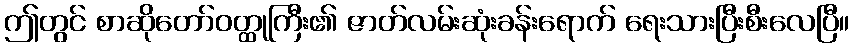
ဤတွင် စာဆိုတော်ဝတ္ထုကြီး၏ ဇာတ်လမ်းဆုံးခန်းရောက် ရေးသားပြီးစီးလေပြီ။